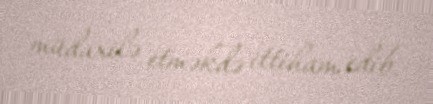
müdaxilə etməkdə ittiham edib.